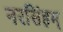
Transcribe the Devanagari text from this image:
नरसिंहम्